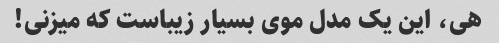
هی، این یک مدل موی بسیار زیباست که میزنی!